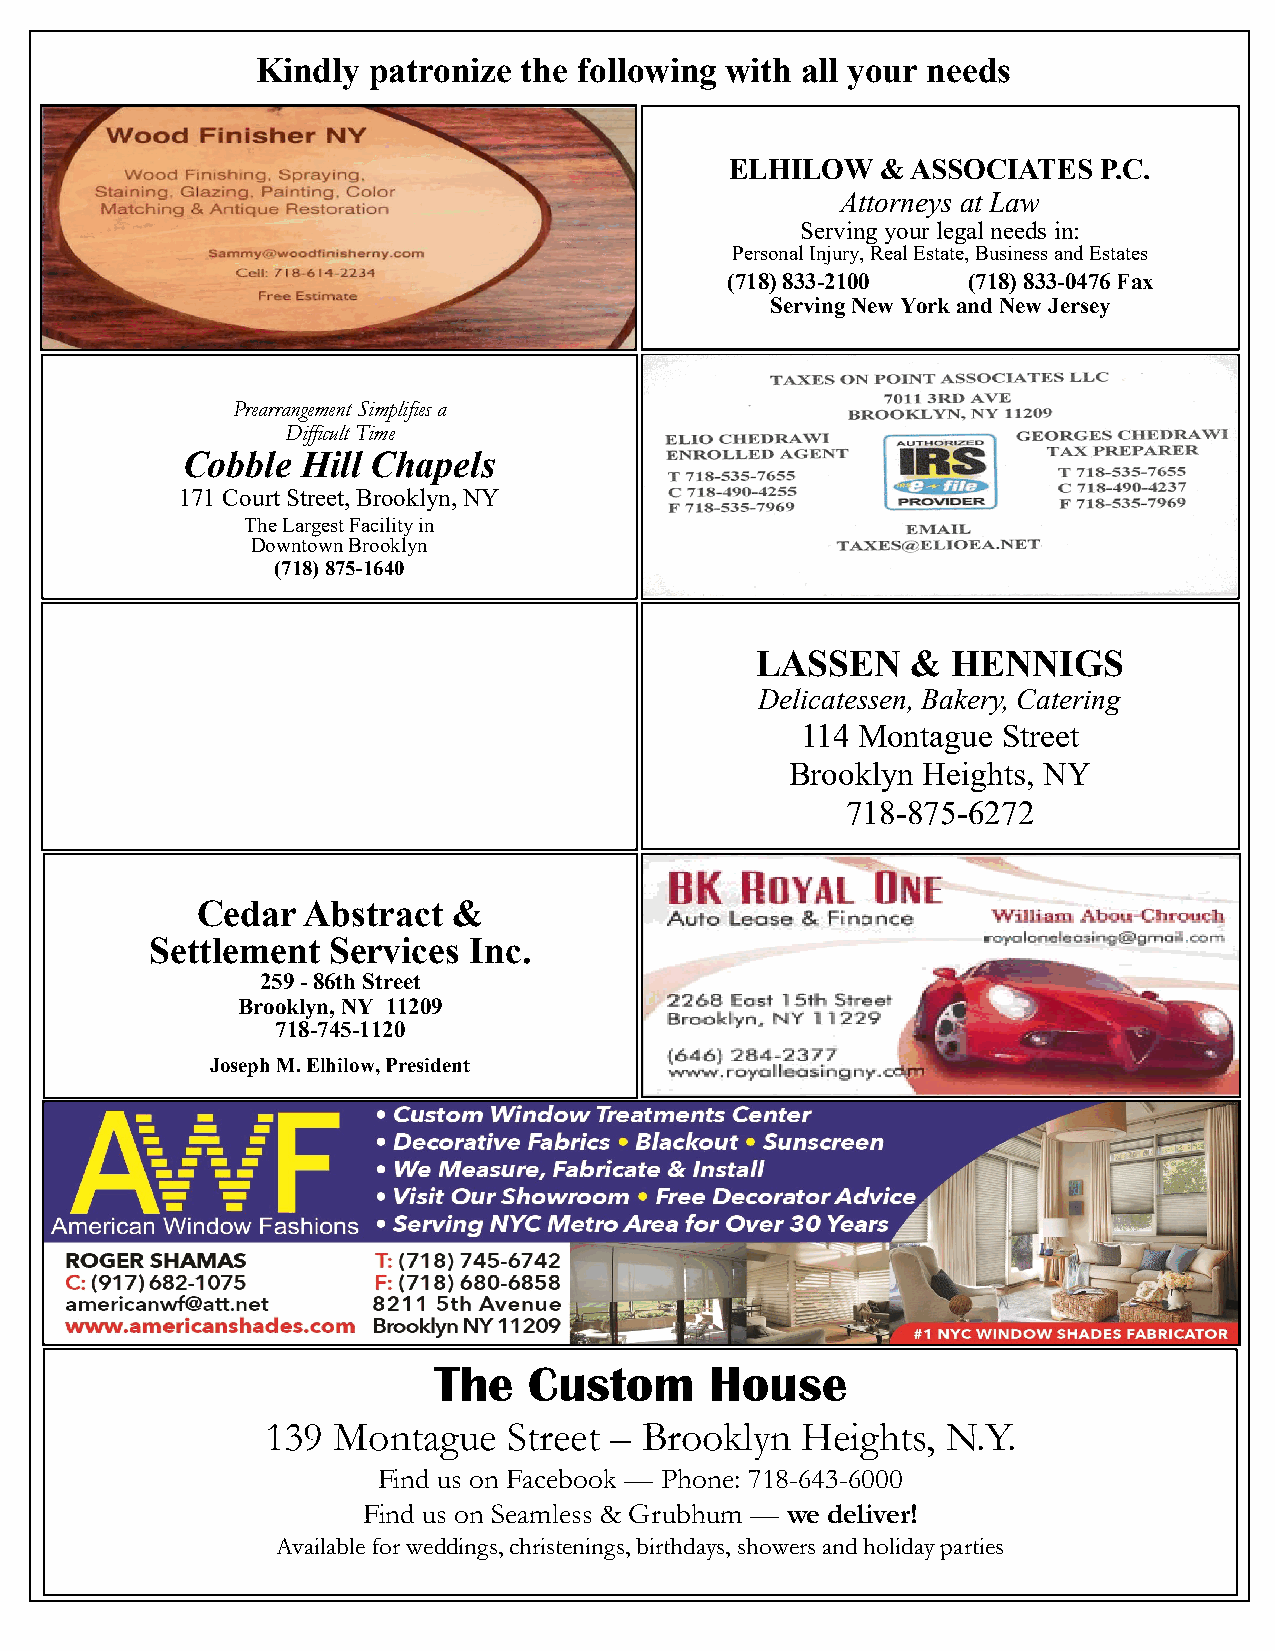
Kindly patronize  the following with all your needs
 ELHILOW   & ASSOCIATES   P.C.
 Attorneys at Law
 Serving your legal needs in:
 Personal Injury, Real Estate, Business and Estates
 (718) 833-2100  (718) 833-0476 Fax
 Serving New York and New Jersey
 Prearrangement Simplifies a
 Difficult Time
 Cobble  Hill Chapels
 171 Court Street, Brooklyn, NY
 The Largest Facility in
 Downtown Brooklyn
 (718) 87 5-1640
 LASSEN    &  HENNIGS
 Delicatessen, Bakery, Catering
 114 Montague Street
 Brooklyn Heights, NY
 718-875-6272
 Cedar  Abstract  &
 Settlement  Services Inc.
 259 - 86th Street
 Brooklyn, NY 11209
 718-745-1120
 Joseph M. Elhilow, President
 The   Custom      House
 139 Montague    Street – Brooklyn  Heights,  N.Y.
 Find us on Facebook — Phone: 718-643-6000
 Find us on Seamless & Grubhum — we deliver!
 Available for weddings, christenings, birthdays, showers and holiday parties